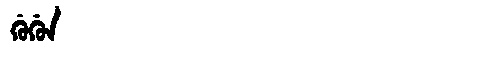
Manchu: ᡤᡠᡤᡠᠨ
Romanization: GUGUN